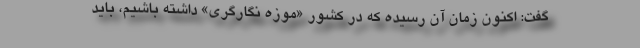
گفت: اکنون زمان آن رسیده که در کشور «موزه نگارگری» داشته باشیم، باید